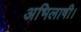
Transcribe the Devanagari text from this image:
अभिलाषी।